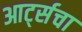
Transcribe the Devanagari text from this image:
आर्ट्सचा